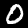
Label: 0